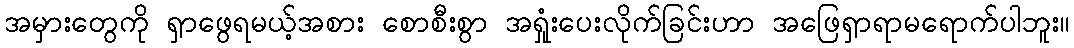
အမှားတွေကို ရှာဖွေရမယ့်အစား စောစီးစွာ အရှုံးပေးလိုက်ခြင်းဟာ အဖြေရှာရာမရောက်ပါဘူး။